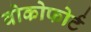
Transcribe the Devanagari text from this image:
वोकोफोर्ट